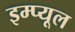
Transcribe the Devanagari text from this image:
इम्प्यूल